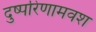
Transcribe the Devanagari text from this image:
दुष्परिणामवश